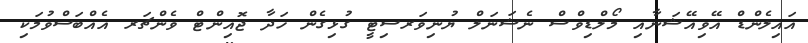
އައިލެންޑް އޭވިއޭޝަނާއި މޯލްޑިވްސް ނެޝަނަލް ޔުނިވަރސިޓީ ގުޅިގެން ހަދާ ޖޮއިންޓް ވެންޗަރ އެއްބަސްވުމަކި